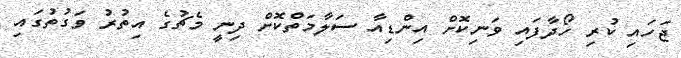
ޖަހައި ކުރި ހޯދާފައި ވަނިކޮށް އިންޑިއާ ސަލާމަތްކޮށް ދިނީ މެޗުގެ އިތުރު ވަގުތުގައި